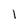
Character: l